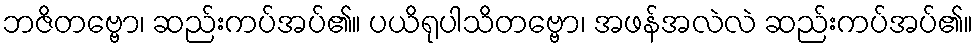
ဘဇိတဗ္ဗော၊ ဆည်းကပ်အပ်၏။ ပယိရုပါသိတဗ္ဗော၊ အဖန်အလဲလဲ ဆည်းကပ်အပ်၏။